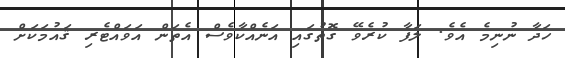
ހަދާ ނުނިމެ އެވެ. ލަފާ ކުރެވޭ ގޮތުގައި އަނެއްކާވެސް އެތަން އަވައްޓެރި ޤައުމަކަށް